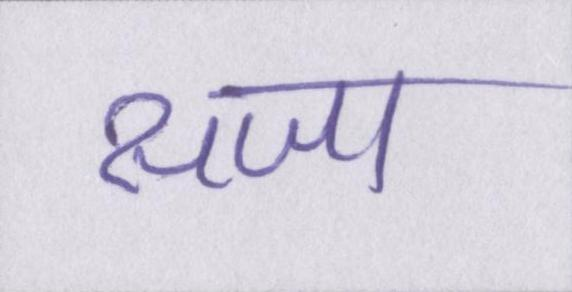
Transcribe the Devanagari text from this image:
सजा